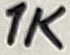
Text: 1K